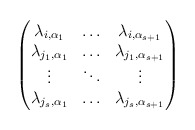
\begin{align*}\begin{pmatrix}\lambda_{i,\alpha_1}&\ldots& \lambda_{i,\alpha_{s+1}}\\\lambda_{j_1,\alpha_1}&\ldots& \lambda_{j_1,\alpha_{s+1}}\\\vdots &\ddots & \vdots\\\lambda_{j_s,\alpha_1}&\ldots& \lambda_{j_s,\alpha_{s+1}}\end{pmatrix}\end{align*}